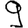
Digit: 9